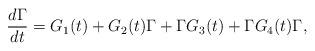
LaTeX: \begin{align*} \frac{d \Gamma}{dt} = G_1(t) + G_2(t) \Gamma + \Gamma G_3(t) + \Gamma G_4(t) \Gamma, \end{align*}